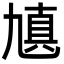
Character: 㐤